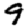
Digit: 9